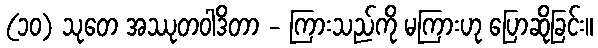
(၁၀) သုတေ အဿုတဝါဒိတာ - ကြားသည်ကို မကြားဟု ပြောဆိုခြင်း။